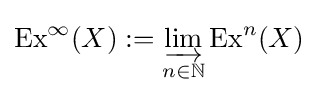
\operatorname {Ex} ^{\infty }(X):=\varinjlim _{n\in \mathbb {N} }\operatorname {Ex} ^{n}(X)